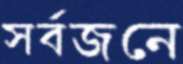
সর্বজনে